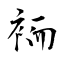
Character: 袻